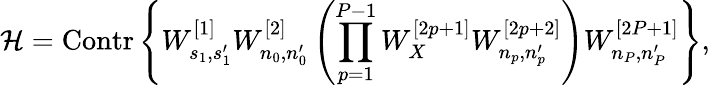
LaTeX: \mathcal{H}=\mathrm{Contr}\left\{ W_{s_{1},s_{1}^{\prime}}^{[1]}W_{n_{0},n_{0}^{\prime}}^{[2]}\left(\prod_{p=1}^{P-1}W_{X}^{[2p+1]}W_{n_{p},n_{p}^{\prime}}^{[2p+2]}\right)W_{n_{P},n_{P}^{\prime}}^{[2P+1]}\right\} ,